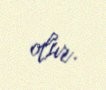
olur.